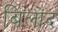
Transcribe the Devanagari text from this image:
बिलोंद